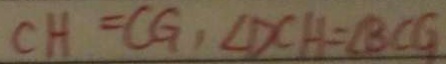
C H = C G , \angle D C H = \angle B C G